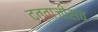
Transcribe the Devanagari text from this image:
दत्ताजीसच